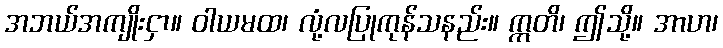
အဘယ်အကျိုးငှာ။ ဝါယမထ၊ လုံ့လပြုကုန်သနည်း။ ဣတိ၊ ဤသို့။ အာဟ၊